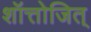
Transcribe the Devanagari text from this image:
शॉत्तोजित्